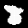
Digit: 8